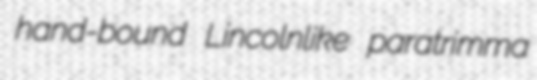
hand-bound Lincolnlike paratrimma